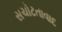
સચોટતાવાદ